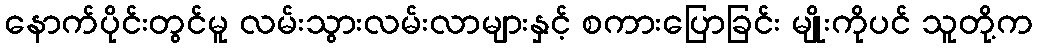
နောက်ပိုင်းတွင်မူ လမ်းသွားလမ်းလာများနှင့် စကားပြောခြင်း မျိုးကိုပင် သူတို့က